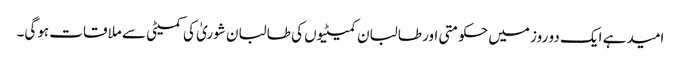
امید ہے ایک دو روز میں حکومتی اور طالبان کمیٹیوں کی طالبان شوریٰ کی کمیٹی سے ملاقات ہوگی۔